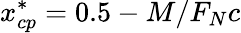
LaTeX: x_{cp}^{*}=0.5-M/F_{N}c